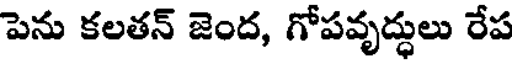
పెను కలతన్ జెంద, గోపవృద్ధులు రేప